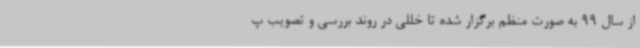
از سال 99 به صورت منظم برگزار شده تا خللی در روند بررسی و تصویب پ